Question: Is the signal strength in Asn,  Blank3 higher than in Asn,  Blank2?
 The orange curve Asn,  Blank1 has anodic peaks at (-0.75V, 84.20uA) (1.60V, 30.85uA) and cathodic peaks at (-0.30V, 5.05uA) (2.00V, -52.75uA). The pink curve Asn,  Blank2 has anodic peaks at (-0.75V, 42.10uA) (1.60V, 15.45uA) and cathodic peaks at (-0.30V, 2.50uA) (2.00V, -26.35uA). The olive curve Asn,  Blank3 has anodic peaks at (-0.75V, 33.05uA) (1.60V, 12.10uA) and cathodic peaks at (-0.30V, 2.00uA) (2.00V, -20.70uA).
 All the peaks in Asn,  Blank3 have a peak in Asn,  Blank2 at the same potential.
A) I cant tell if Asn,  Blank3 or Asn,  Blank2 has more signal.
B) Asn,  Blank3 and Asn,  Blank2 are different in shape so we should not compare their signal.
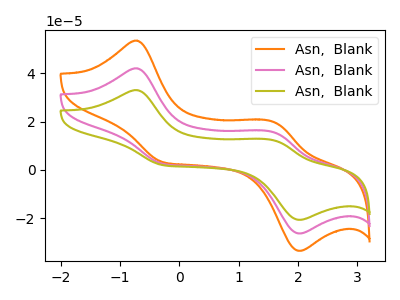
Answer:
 <answer>A) I cant tell if "Asn,  Blank3" or "Asn,  Blank2" has more signal.</answer>
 <eval>A</eval>